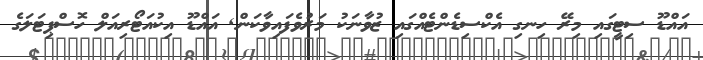
އައްޑޫ ސިޓީގައި މިރޭ ހިނގި އެކްސިޑެންޓެއްގައި ޒުވާނަކު މަރުވެފައިވާކަން